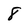
Character: 8